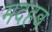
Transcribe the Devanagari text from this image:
मदहब